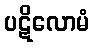
ပဋိလောမံ